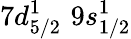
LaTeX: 7d_{5/2}^{1}\, \, 9s_{1/2}^{1}